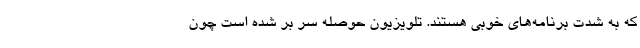
که به شدت برنامه‌های خوبی هستند. تلویزیون حوصله سر بر شده است چون